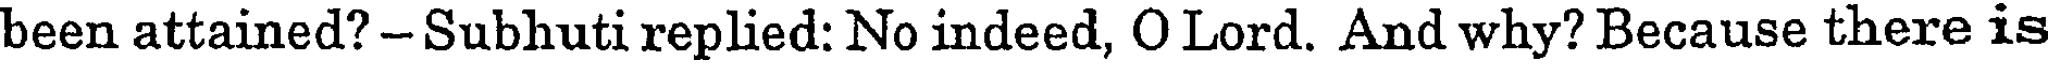
been attained? - Subhuti replied: No indeed, O Lord. And why? Because there is